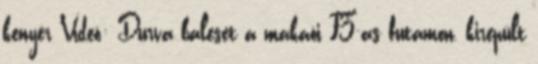
kenyér Videó: Durva baleset a makaói F3-as futamon, kirepült